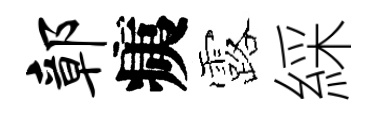
鄣痍露綵